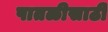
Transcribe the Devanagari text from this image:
पातळीसाठी